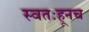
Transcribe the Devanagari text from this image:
स्वतःहूनच